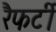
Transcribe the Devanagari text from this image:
रैफर्टी